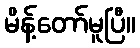
မိန့်တော်မူပြီ။